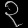
Digit: ၃